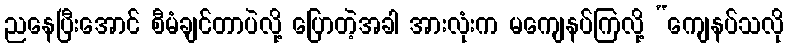
ညနေပြီးအောင် စီမံချင်တာပဲလို့ ပြောတဲ့အခါ အားလုံးက မကျေနပ်ကြလို့ “ကျေနပ်သလို